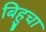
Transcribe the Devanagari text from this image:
बिहुचा